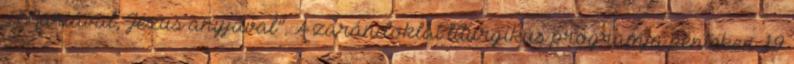
„Máriával, Jézus anyjával”. A zarándoklat liturgikus programja pénteken 19